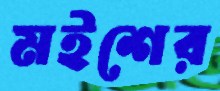
মইশের